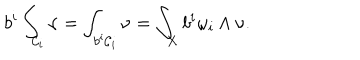
b ^ { i } \int _ { { \cal { C } } _ { i } } { \nu } = \int _ { b ^ { i } { \cal { C } } _ { i } } { \nu } = \int _ { X } { b ^ { i } \omega _ { i } \wedge \nu } .